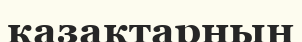
казактарның